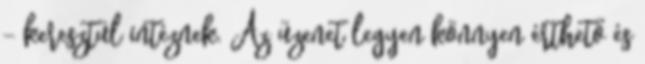
- keresztül intéznek. Az üzenet legyen könnyen érthető és